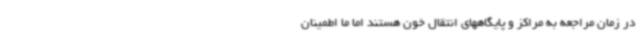
در زمان مراجعه به مراکز و پایگاههای انتقال خون هستند اما ما اطمینان